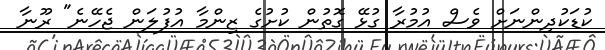
ކުޑަކުދިންނަށް ވެސް އުމުރާ ގުޅޭ ގޮތުން ކުށުގެ ޒިންމާ އުފުލަން ޖެހޭނެ" ރޫނާ